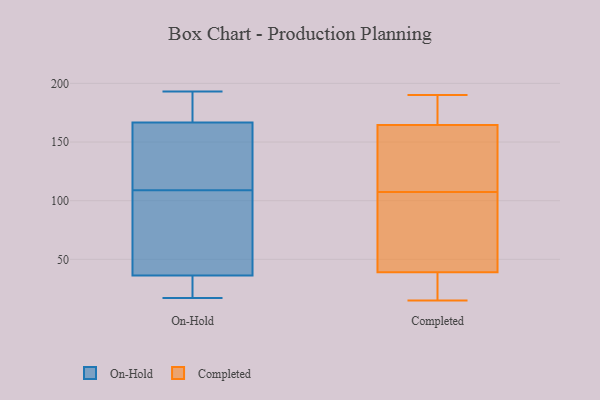
{"axis": {"x": "Budget (USD K)", "y": "Value"}, "legend": ["Completed", "On-Hold"], "data": [{"x": "", "y": 193, "type": "On-Hold"}, {"x": "", "y": 27, "type": "On-Hold"}, {"x": "", "y": 190, "type": "On-Hold"}, {"x": "", "y": 75, "type": "On-Hold"}, {"x": "", "y": 109, "type": "On-Hold"}, {"x": "", "y": 64, "type": "On-Hold"}, {"x": "", "y": 151, "type": "On-Hold"}, {"x": "", "y": 147, "type": "On-Hold"}, {"x": "", "y": 17, "type": "On-Hold"}, {"x": "", "y": 21, "type": "On-Hold"}, {"x": "", "y": 109, "type": "On-Hold"}, {"x": "", "y": 111, "type": "On-Hold"}, {"x": "", "y": 173, "type": "On-Hold"}, {"x": "", "y": 172, "type": "On-Hold"}, {"x": "", "y": 25, "type": "On-Hold"}, {"x": "", "y": 23, "type": "Completed"}, {"x": "", "y": 179, "type": "Completed"}, {"x": "", "y": 172, "type": "Completed"}, {"x": "", "y": 134, "type": "Completed"}, {"x": "", "y": 157, "type": "Completed"}, {"x": "", "y": 89, "type": "Completed"}, {"x": "", "y": 35, "type": "Completed"}, {"x": "", "y": 126, "type": "Completed"}, {"x": "", "y": 69, "type": "Completed"}, {"x": "", "y": 15, "type": "Completed"}, {"x": "", "y": 43, "type": "Completed"}, {"x": "", "y": 190, "type": "Completed"}]}